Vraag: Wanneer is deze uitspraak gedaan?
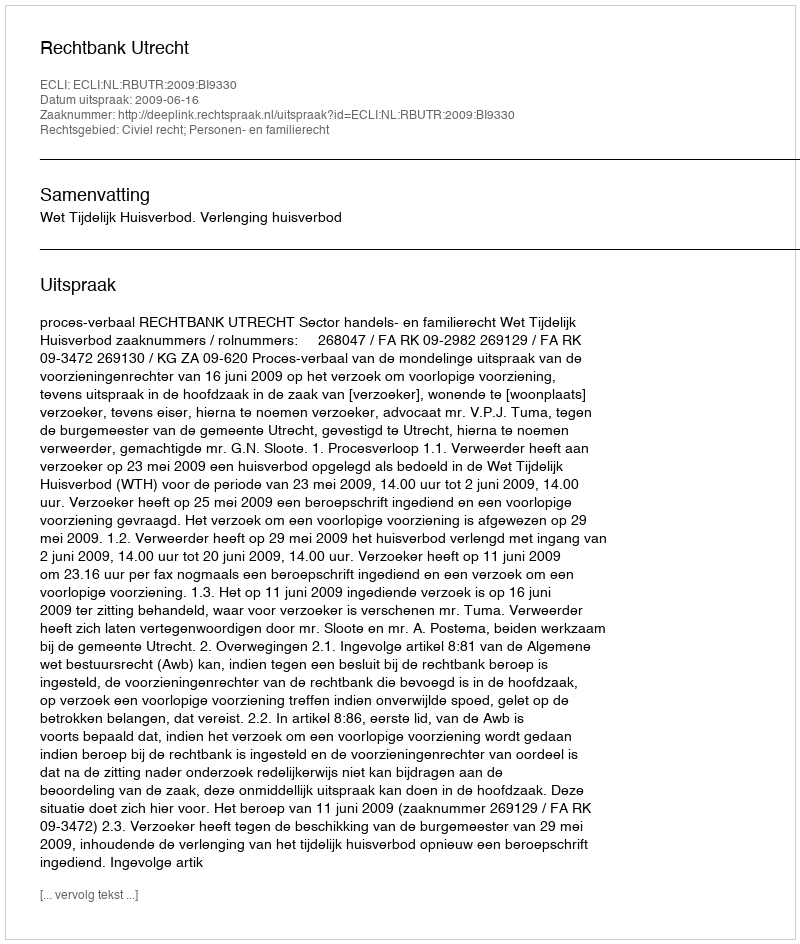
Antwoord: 2009-06-16